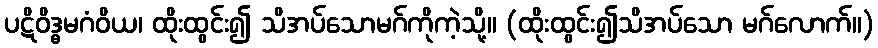
ပဋိဝိဒ္ဓမဂံဝိယ၊ ထိုးထွင်း၍ သိအပ်သောမဂ်ကိုကဲ့သို့။ (ထိုးထွင်း၍သိအပ်သော မဂ်လောက်။)